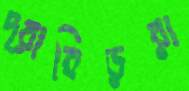
দ্রাবিড়রা